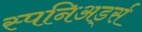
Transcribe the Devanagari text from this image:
स्पनिअर्ड्स